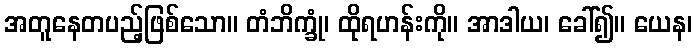
အတူနေတပည့်ဖြစ်သော။ တံဘိက္ခုံ၊ ထိုရဟန်းကို။ အာဒါယ၊ ခေါ်၍။ ယေန၊